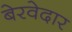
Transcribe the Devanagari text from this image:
बेरवेदार